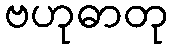
ဗဟုဓာတု